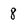
Character: 8